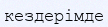
кездерімде